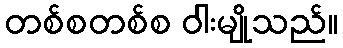
တစ်စတစ်စ ဝါးမျိုသည်။